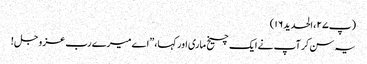
(پ۲۷، الحدید۱۶)
یہ سن کر آپ نے ایک چیخ ماری اور کہا،”اے میرے رب عزوجل !